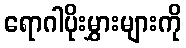
ရောဂါပိုးမွှားများကို